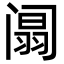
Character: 阘